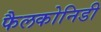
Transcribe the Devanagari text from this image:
फैलकोनिडी